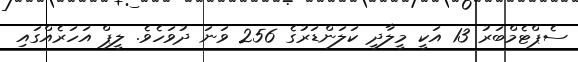
ސެޕްޓެމްބަރު 13 އަކީ މީލާދީ ކަލަންޑަރުގެ 256 ވަނަ ދުވަހެވެ. ލީޕް އަހަރެއްގައި